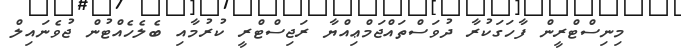
މިނިސްޓްރީން ފާހަގަކުރާ ދުވަސްތައްޖަމްޢިއްޔާ ރަޖިސްޓްރީ ކުރުމާއި ބެލެހެއްޓުން ޖުވެނައިލް